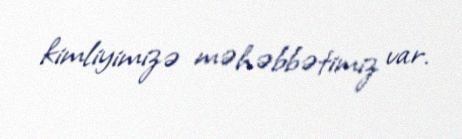
kimliyimizə məhəbbətimiz var.